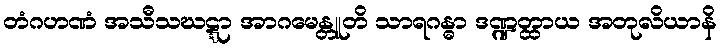
တံဂဟဏံ အသီသဃဋ္ဋာ အာဂမေန္တူတိ သာရဂန္ဓာ ဒဏ္ဍတ္ထာယ အတုလိယာနိ